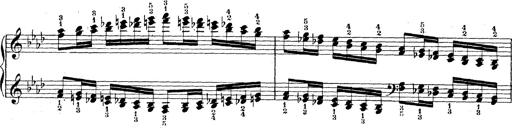
Title: Technische Studien
Composer: Franz Liszt